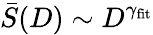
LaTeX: \bar{S}(D)\sim D^{\gamma_{\textrm{fit}}}